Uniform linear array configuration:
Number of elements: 48
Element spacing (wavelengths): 0.75
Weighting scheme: uniform
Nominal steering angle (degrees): -30
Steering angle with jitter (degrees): -30.596
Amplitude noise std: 0.05
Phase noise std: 0.05

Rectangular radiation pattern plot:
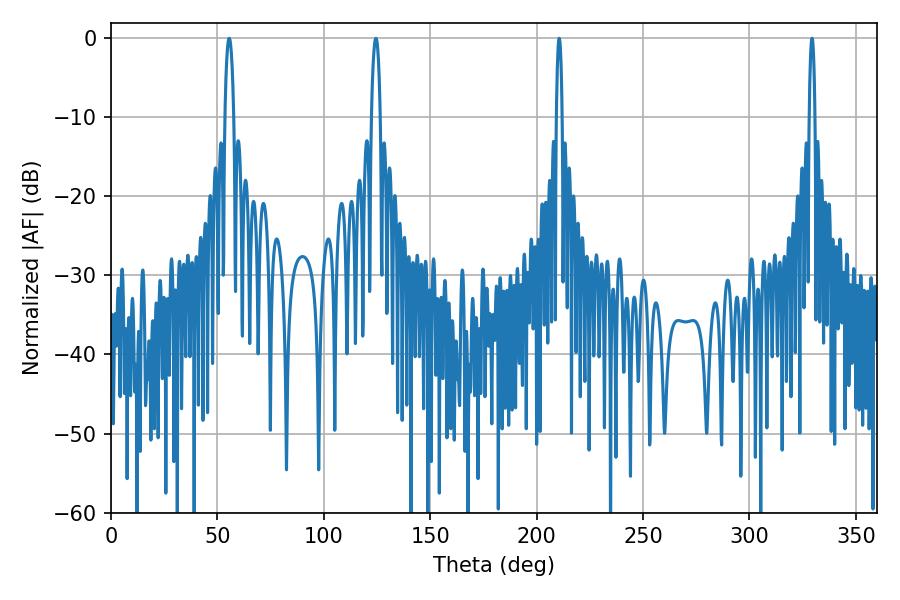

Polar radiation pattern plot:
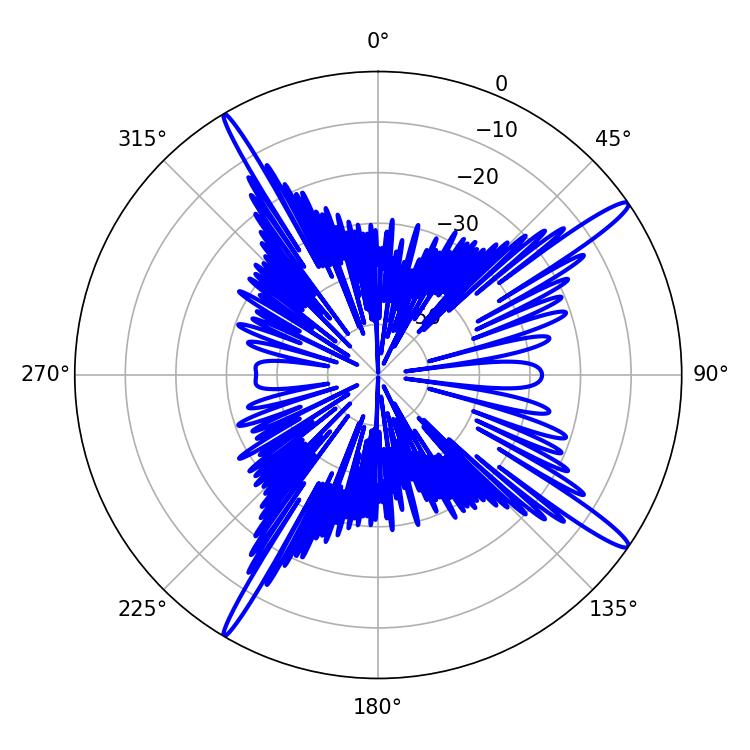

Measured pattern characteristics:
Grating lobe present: TRUE
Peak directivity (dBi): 16.19
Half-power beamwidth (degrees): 1.44
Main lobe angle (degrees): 210.6